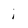
Character: i